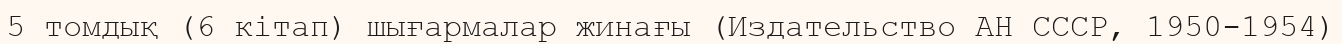
5 томдық (6 кітап) шығармалар жинағы (Издательство АН СССР, 1950-1954)